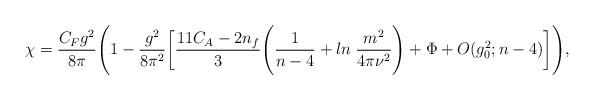
LaTeX: \begin{align*}\chi=\frac{C_{F}g^{2}}{8\pi}\Biggl( 1-\frac{g^{2}}{8\pi^{2}}\biggl[ \frac{11C_{A}-2n_{f}}{3}\Biggl( \frac{1}{n-4}+ln\;\frac{m^{2}}{4\pi\nu^{2}} \Biggr)+\Phi+O(g^{2}_{0};n-4) \biggr] \Biggr),\end{align*}